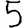
Digit: 5